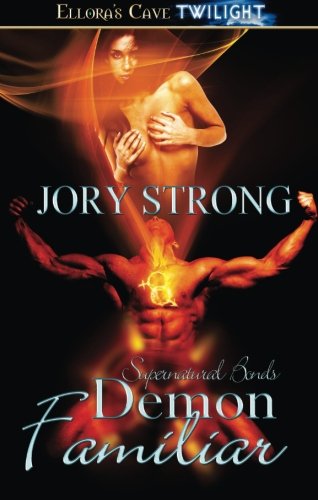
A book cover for Demon Familiar (Supernatural Bonds) (Volume 7); Jory Strong; Romance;